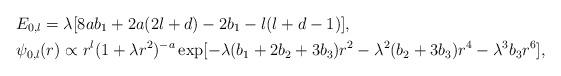
LaTeX: \begin{align*} & E_{0,l} = \lambda[8ab_1 + 2a(2l+d) - 2b_1 - l(l+d-1)], \\ & \psi_{0,l}(r) \propto r^l (1+\lambda r^2)^{-a} \exp[-\lambda (b_1+2b_2+3b_3) r^2 - \lambda^2(b_2+3b_3) r^4 - \lambda^3 b_3 r^6], \end{align*}